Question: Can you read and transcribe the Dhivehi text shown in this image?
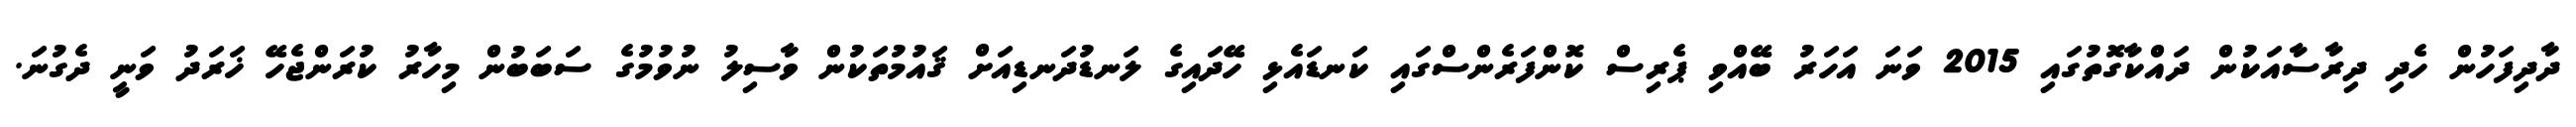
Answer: ދާދިފަހުން ހެދި ދިރާސާއަކުން ދައްކާގޮތުގައި 2015 ވަނަ އަހަރު ބޭއްވި ޕެރިސް ކޮންފަރެންސްގައި ކަނޑައެޅި ހޭދައިގެ ލަނޑުދަނޑިއަށް ޤައުމުތަކުން ވާސިލު ނުވުމުގެ ސަބަބުން މިހާރު ކުރަންޖެހޭ ޚަރަދު ވަނީ ދެގުނަ.